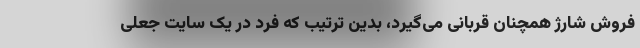
فروش شارژ همچنان قربانی می‌گیرد، بدین ترتیب که فرد در یک سایت جعلی